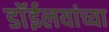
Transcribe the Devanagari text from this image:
डाॅईलयांच्या